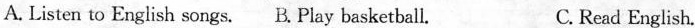
A. Listen to English songs. B.Play basketball. C.Read English.